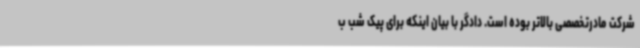
شرکت مادرتخصصی بالاتر بوده است. دادگر با بیان اینکه برای پیک شب ب